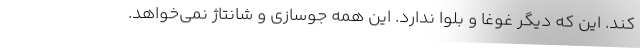
کند. این که دیگر غوغا و بلوا ندارد. این همه جوسازی و شانتاژ نمی‌خواهد.